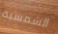
الشمسية